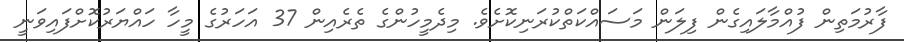
ފާރުމަތިން ފުއްމާލައިގެން ފިލަން މަސައްކަތްކުރަނިކޮށެވެ. މިދެމީހުންގެ ތެރެއިން 37 އަހަރުގެ މީހާ ހައްޔަރުކޮށްފައިވަނީ